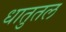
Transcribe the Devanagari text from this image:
धातुतल